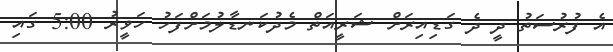
އެ ފުރުސަތު ދީ ދެ ގަޑިއިރަށް ޝަރީއަތް މެދުކަނޑާލުމަށްފަހު ހަވީރު 5:00 ގައި